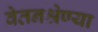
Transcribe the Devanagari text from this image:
वेतनश्रेण्या